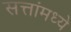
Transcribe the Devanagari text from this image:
सत्तांमध्ये